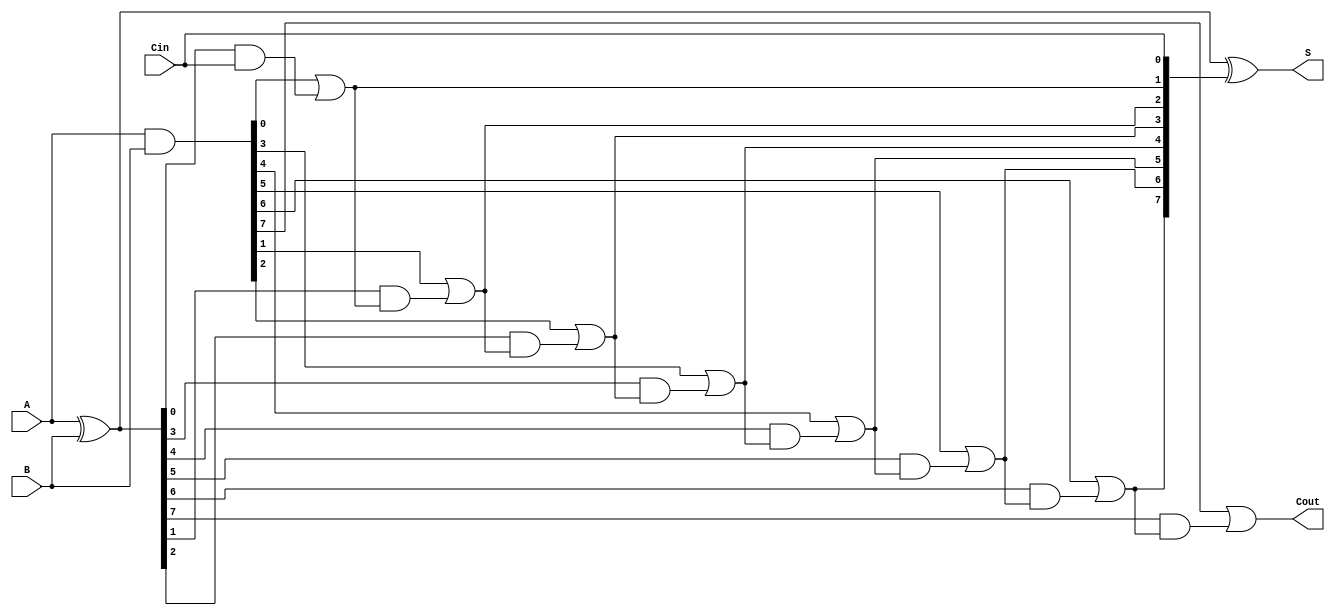
module brent_kung_adder #(parameter n = 8) (
    input  [n-1:0] A,      // First n-bit input
    input  [n-1:0] B,      // Second n-bit input
    input          Cin,     // Carry-in
    output [n-1:0] S,      // n-bit sum output
    output         Cout     // Carry-out
);

    // Intermediate signals for propagate and generate
    wire [n-1:0] P; // Propagate
    wire [n-1:0] G; // Generate
    wire [n:0] C;   // Carry signals

    // Compute propagate and generate signals
    assign P = A ^ B; // P[i] = A[i] XOR B[i]
    assign G = A & B; // G[i] = A[i] AND B[i]

    // Carry generation
    assign C[0] = Cin; // Initial carry-in
    genvar i;
    
    // Stage 1: Compute first-level carries
    assign C[1] = G[0] | (P[0] & C[0]);

    // Stage 2: Compute higher-level carries
    generate
        for (i = 1; i < n; i = i + 1) begin : carry_generation
            assign C[i + 1] = G[i] | (P[i] & C[i]);
        end
    endgenerate

    // Final carry-out
    assign Cout = C[n];

    // Sum calculation
    assign S = P ^ C[n-1:0]; // S[i] = P[i] XOR C[i]

endmodule